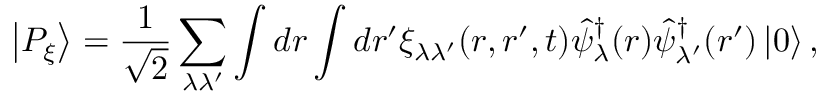
\left| P _ { \xi } \right\rangle = \frac { 1 } { \sqrt { 2 } } \sum _ { \lambda \lambda ^ { \prime } } \int d \boldsymbol { r } \int d \boldsymbol { r } ^ { \prime } \xi _ { \lambda \lambda ^ { \prime } } ( \boldsymbol { r } , \boldsymbol { r } ^ { \prime } , t ) \hat { \psi } _ { \lambda } ^ { \dagger } ( \boldsymbol { r } ) \hat { \psi } _ { \lambda ^ { \prime } } ^ { \dagger } ( \boldsymbol { r } ^ { \prime } ) \left| 0 \right\rangle ,